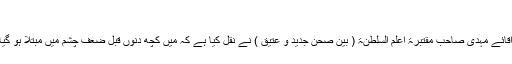
(۴)
حاج آقائے مہدی صاحب مقتبرۃ اعلم السلطنۃ ( بین صحن جدید و عتیق ) نے نقل کیا ہے کہ میں کچھ دنوں قبل ضعف چشم میں مبتلا ہو گیا تھا ۔